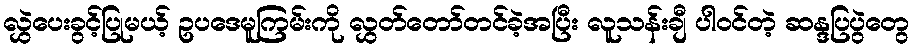
လွှဲပေးခွင့်ပြုမယ့် ဥပဒေမူကြမ်းကို လွှတ်တော်တင်ခဲ့အပြီး လူသန်းချီ ပါဝင်တဲ့ ဆန္ဒပြပွဲတွေ